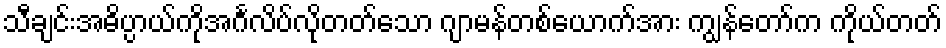
သီချင်းအဓိပ္ပာယ်ကိုအင်္ဂလိပ်လိုတတ်သော ဂျာမန်တစ်ယောက်အား ကျွန်တော်က ကိုယ်တတ်